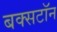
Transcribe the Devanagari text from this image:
बक्सटॉन